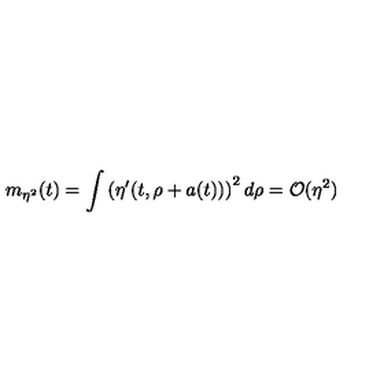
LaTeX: m _ { \eta ^ { 2 } } ( t ) = \int \left( \eta ^ { \prime } ( t , \rho + a ( t ) ) \right) ^ { 2 } d \rho = { \cal O } ( \eta ^ { 2 } )